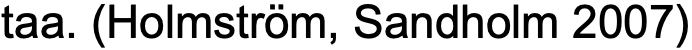
taa. (Holmström, Sandholm 2007)